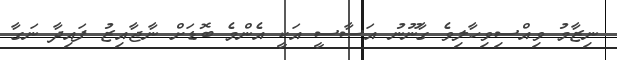
ނިޒާމު ވިއްސިވިހާލިވެ ގާނޫނު އަސާސީ އަކީ އެންމެ ބޮޑަށް ނާޖާއިޒު ފައިދާ ނަގާ